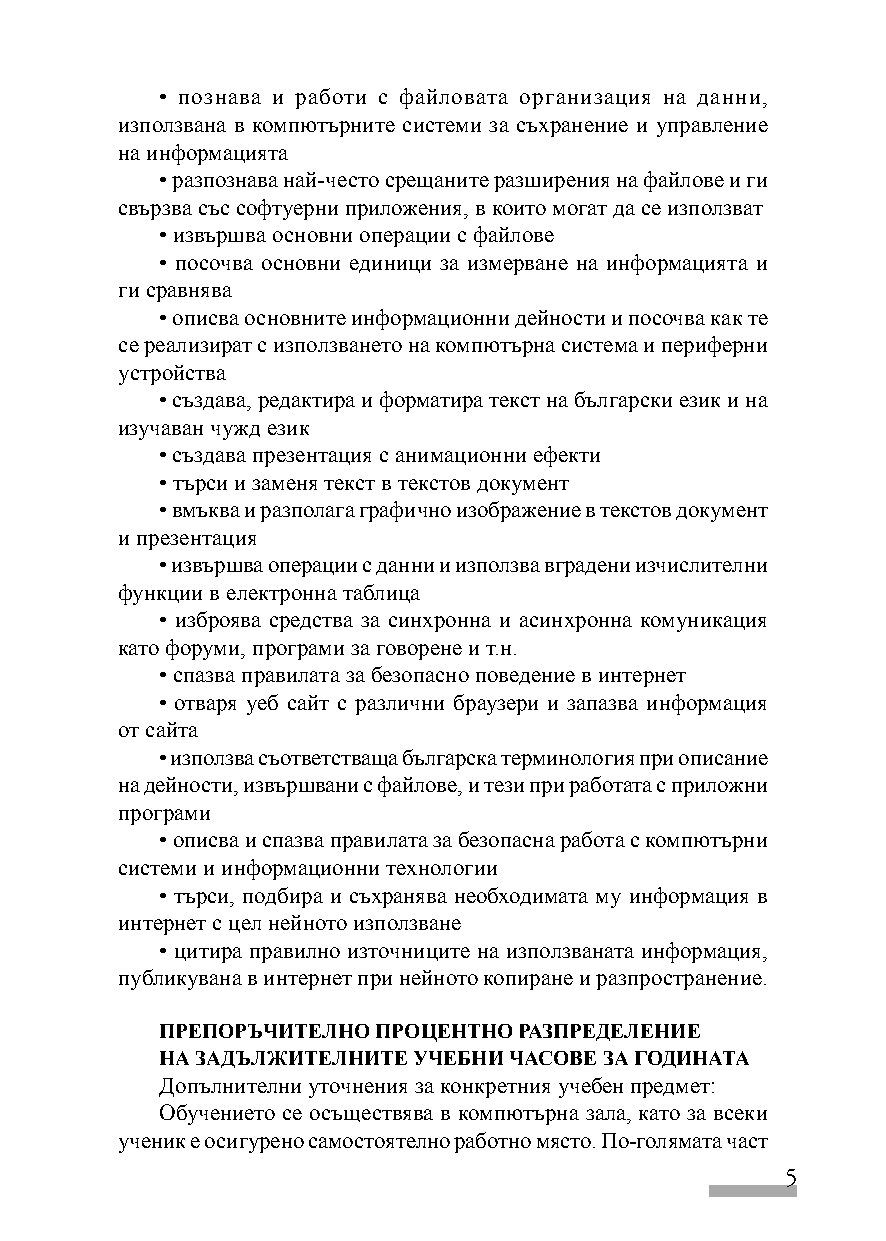
• познава и работи с файловата организация на данни,
 използвана в компютърните системи за съхранение и управление
 на информацията
 • разпознава най-често срещаните разширения на файлове и ги
 свързва със софтуерни приложения, в които могат да се използват
 • извършва основни операции с файлове
 • посочва основни единици за измерване на информацията и
 ги сравнява
 • описва основните информационни дейности и посочва как те
 се реализират с използването на компютърна система и периферни
 устройства
 • създава, редактира и форматира текст на български език и на
 изучаван чужд език
 • създава презентация с анимационни ефекти
 • търси и заменя текст в текстов документ
 • вмъква и разполага графично изображение в текстов документ
 и презентация
 • извършва операции с данни и използва вградени изчислителни
 функции в електронна таблица
 • изброява средства за синхронна и асинхронна комуникация
 като форуми, програми за говорене и т.н.
 • спазва правилата за безопасно поведение в интернет
 • отваря уеб сайт с различни браузери и запазва информация
 от сайта
 • използва съответстваща българска терминология при описание
 на дейности, извършвани с файлове, и тези при работата с приложни
 програми
 • описва и спазва правилата за безопасна работа с компютърни
 системи и информационни технологии
 • търси, подбира и съхранява необходимата му информация в
 интернет с цел нейното използване
 • цитира правилно източниците на използваната информация,
 публикувана в интернет при нейното копиране и разпространение.
 ПРЕПОРЪЧИТЕЛНО ПРОЦЕНТНО РАЗПРЕДЕЛЕНИЕ
 НА ЗАДЪЛЖИТЕЛНИТЕ УЧЕБНИ ЧАСОВЕ ЗА ГОДИНАТА
 Допълнителни уточнения за конкретния учебен предмет:
 Обучението се осъществява в компютърна зала, като за всеки
 ученик е осигурено самостоятелно работно място. По-голямата част
 5